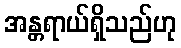
အန္တရာယ်ရှိသည်ဟု